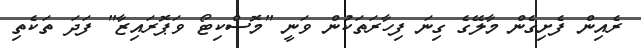
ރެއިން ފެށިގެން މާލޭގެ ގިނަ ފިހާރަތަކުން ވަނީ "މޮސްކިޓޯ ވަޕޮރައިޒާ" ފަދަ ތަކެތި